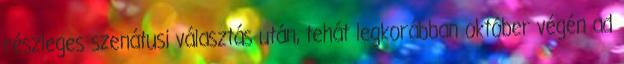
részleges szenátusi választás után, tehát legkorábban október végén ad